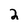
Character: 2